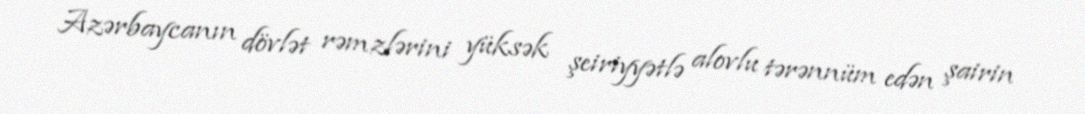
Azərbaycanın dövlət rəmzlərini yüksək şeiriyyətlə alovlu tərənnüm edən şairin